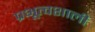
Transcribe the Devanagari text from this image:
प्रभूत्वशाली